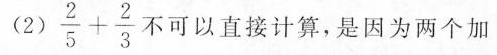
(2)$$\frac { 2 } { 5 } + \frac { 2 } { 3 }$$ 可以直接计算，是因为两个加